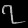
Digit: ၇